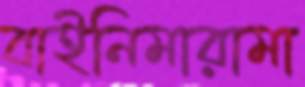
বাইনিমারামা